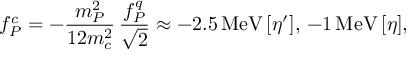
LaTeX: f _ { P } ^ { c } = - \frac { m _ { P } ^ { 2 } } { 1 2 m _ { c } ^ { 2 } } \, \frac { f _ { P } ^ { q } } { \sqrt { 2 } } \approx - 2 . 5 \, \mathrm { M e V } \, [ \eta ^ { \prime } ] , \, - 1 \, \mathrm { M e V } \, [ \eta ] ,